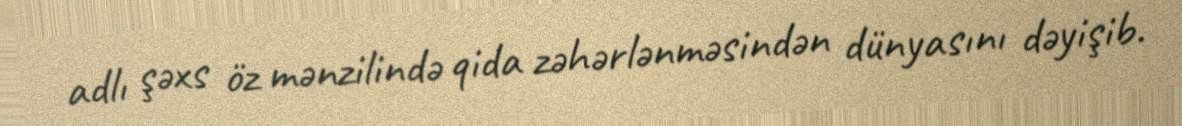
adlı şəxs öz mənzilində qida zəhərlənməsindən dünyasını dəyişib.